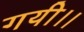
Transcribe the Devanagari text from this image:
गयी।।